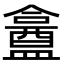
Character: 盫